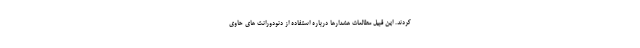
کردند. این قبیل مطالعات هشدارها درباره استفاده از دئودورانت های حاوی